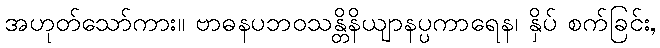
အဟုတ်သော်ကား။ ဗာဓနပဘဝသန္တိနိယျာနပ္ပကာရေန၊ နှိပ် စက်ခြင်း,